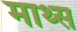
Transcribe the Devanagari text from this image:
माथ्स